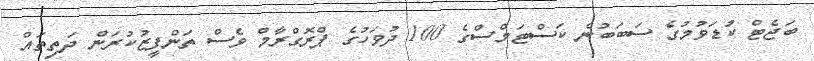
ބަޖެޓް ކުޑަވުމުގެ ސަބަބުން ކަސްޓަމްސްގެ 100 ދުވަހުގެ ޕްރޮގްރާމް ވެސް ތަންފީޒުކުރަން ދަތިތައް